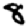
Digit: 8